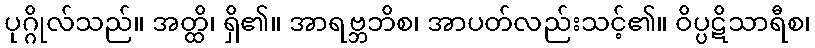
ပုဂ္ဂိုလ်သည်။ အတ္ထိ၊ ရှိ၏။ အာရဗ္ဘဘိစ၊ အာပတ်လည်းသင့်၏။ ဝိပ္ပဋိသာရီစ၊